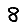
Digit: 8